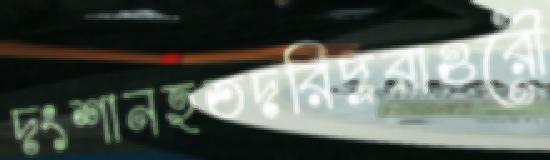
দংশানহতদরিদ্ররাওরৌ